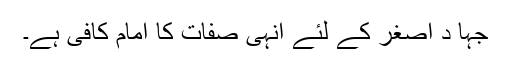
جہا د اصغر کے لئے انہی صفات کا امام کافی ہے۔